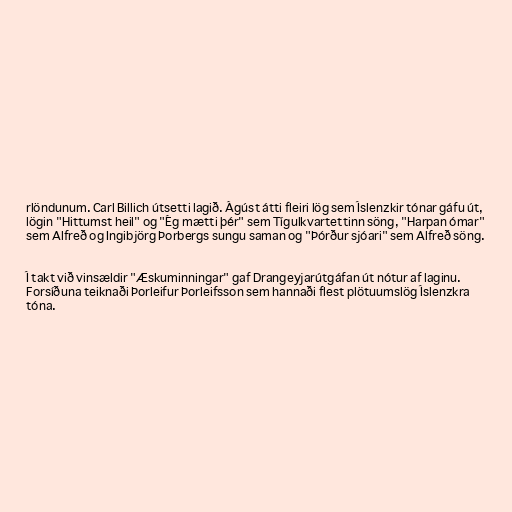
rlöndunum. Carl Billich útsetti lagið. Ágúst átti fleiri lög sem Íslenzkir tónar gáfu út,
lögin "Hittumst heil" og "Ég mætti þér" sem Tígulkvartettinn söng, "Harpan ómar"
sem Alfreð og Ingibjörg Þorbergs sungu saman og "Þórður sjóari" sem Alfreð söng.

Í takt við vinsældir "Æskuminningar" gaf Drangeyjarútgáfan út nótur af laginu.
Forsíðuna teiknaði Þorleifur Þorleifsson sem hannaði flest plötuumslög Íslenzkra
tóna.